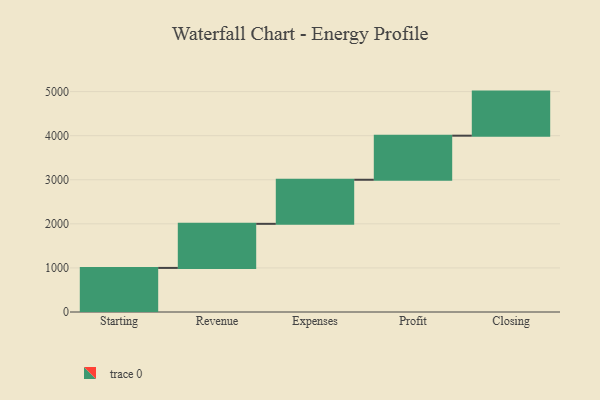
{"axis": {"x": "Step", "y": "Value"}, "legend": [""], "data": [{"x": "Starting", "y": 1000, "type": ""}, {"x": "Revenue", "y": 1000, "type": ""}, {"x": "Expenses", "y": 1000, "type": ""}, {"x": "Profit", "y": 1000, "type": ""}, {"x": "Closing", "y": 1000, "type": ""}]}